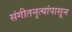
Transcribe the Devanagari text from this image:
संगीतनृत्यांपासून